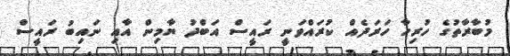
މުބާރާތުގެ ހުރިހާ ހަރަދެއް ކުރައްވަނީ ރައީސް އަބްދު ޔާމިން އާއި ނައިބު ރައީސް